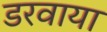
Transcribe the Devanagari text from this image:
डरवाया